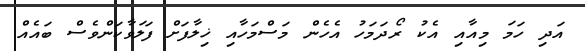
އަދި ހަމަ މިއާއި އެކު ރޯދަމަހު އެހެން މަސްމަހާއި ޚިލާފަށް ފަލަވާކަންވެސް ބައެއް